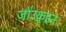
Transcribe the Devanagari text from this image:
जो॑उकुइन